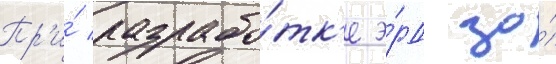
Пр'и́ разрабо́тк'е э́рд за́